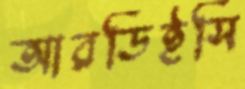
আরডিইসি